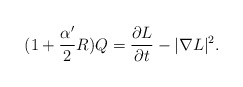
\begin{align*}(1+\frac{\alpha'}{2}R)Q=\frac{\partial L}{\partial t}-|\nabla L|^2.\end{align*}